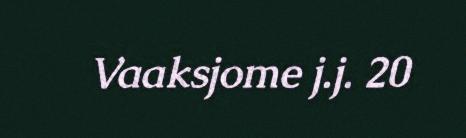
Vaaksjome j.j. 20